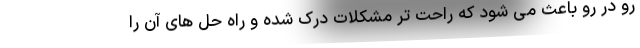
رو در رو باعث می شود که راحت تر مشکلات درک شده و راه حل های آن را